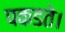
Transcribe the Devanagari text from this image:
पकडते।